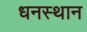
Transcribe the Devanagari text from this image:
धनस्थान